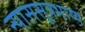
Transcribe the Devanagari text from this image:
न्याससूत्रभाष्य